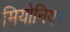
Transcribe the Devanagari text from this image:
मियोनियर